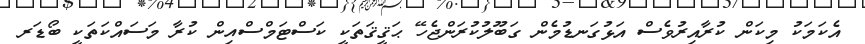
އެކަމަކު މިކަން ކުރާއިރުވެސް އަޅުގަނޑުމެން ގަބޫލުކުރަންޖެހޭ ޙަޤީޤަތަކީ ކަސްޓަމްސްއިން ކުރާ މަސައްކަތަކީ ބޯޑަރ